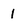
Character: 1